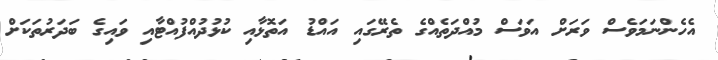
އެހެންނަމަވެސް ވަރަށް އަވަސް މުއްދަތެއްގެ ތެރޭގައި އައްޑު އަތޮޅާއި ކުޅުދުއްފުއްޓާއި ވައިގެ ބަދަރުތަކަށް